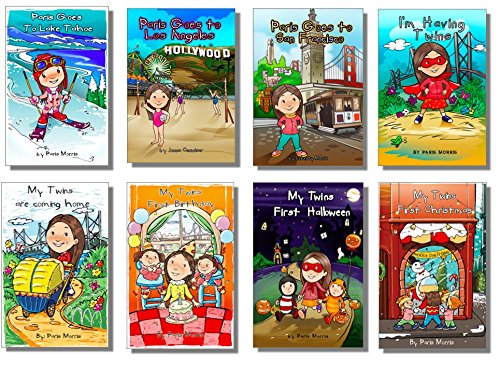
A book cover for My Friend Paris - Complete Series; Paris Morris; Parenting & Relationships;